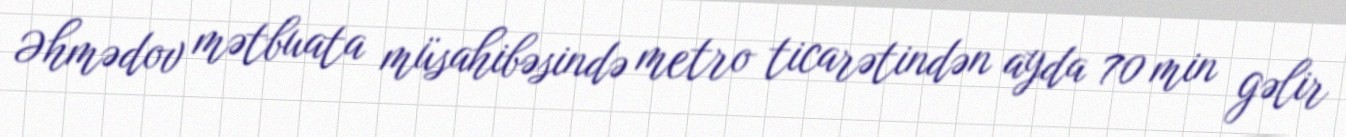
Əhmədov mətbuata müsahibəsində metro ticarətindən ayda 70 min gəlir